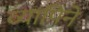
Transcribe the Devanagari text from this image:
व्यापिने